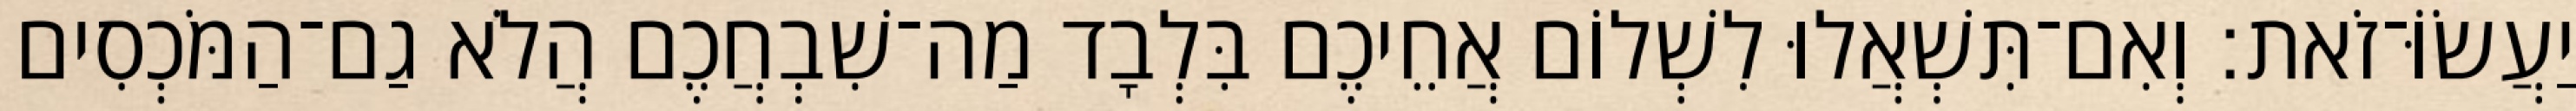
יַעֲשׂוֹּ־זֹאת׃ וְאִם־תִּשְׁאֲלוּ לִשְׁלוֹם אֲחֵיכֶם בִּלְבָד מַה־שִׁבְחֲכֶם הֲלֹא גַם־הַמֹּכְסִים